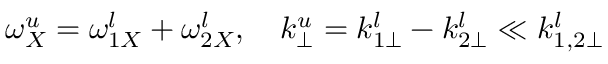
\omega _ { X } ^ { u } = \omega _ { 1 X } ^ { l } + \omega _ { 2 X } ^ { l } , \quad k _ { \perp } ^ { u } = k _ { 1 \perp } ^ { l } - k _ { 2 \perp } ^ { l } \ll k _ { 1 , 2 \perp } ^ { l }